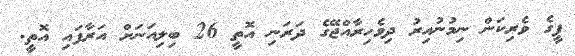
ޕީގެ ވެރިކަން ނިމުނުއިރު ދިވެހިރާއްޖޭގެ ދަރަނި އޮތީ 26 ބިލިއަނަށް އަރާފައި އޮތީ.